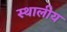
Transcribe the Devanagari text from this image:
स्थालीय